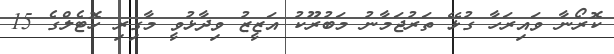
ކޮރޯނާ ވައިރަހާ ގުޅޭ ތަރުޖަމާނު މަބުރޫކު އަޒީޒު ވިދާޅުވީ މާގިރި ހޮޓެލްގެ 15